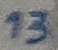
Text: 13